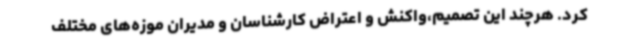
کرد. هرچند این تصمیم،واکنش و اعتراض کارشناسان و مدیران موزه‌های مختلف